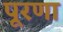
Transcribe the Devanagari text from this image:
पूरणा